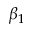
\beta _ { 1 }